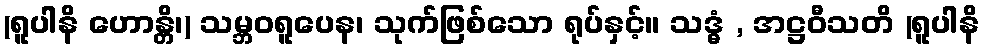
(ရူပါနိ ဟောန္တိ၊) သမ္ဘဝရူပေန၊ သုက်ဖြစ်သော ရုပ်နှင့်။ သဒ္ဓံ , အဋ္ဌဝီသတိ (ရူပါနိ